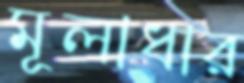
মূলাধার